Civil Veterinary Dept. North-West Frontier Province 1901-22 - 1901-1922
Year: 1901
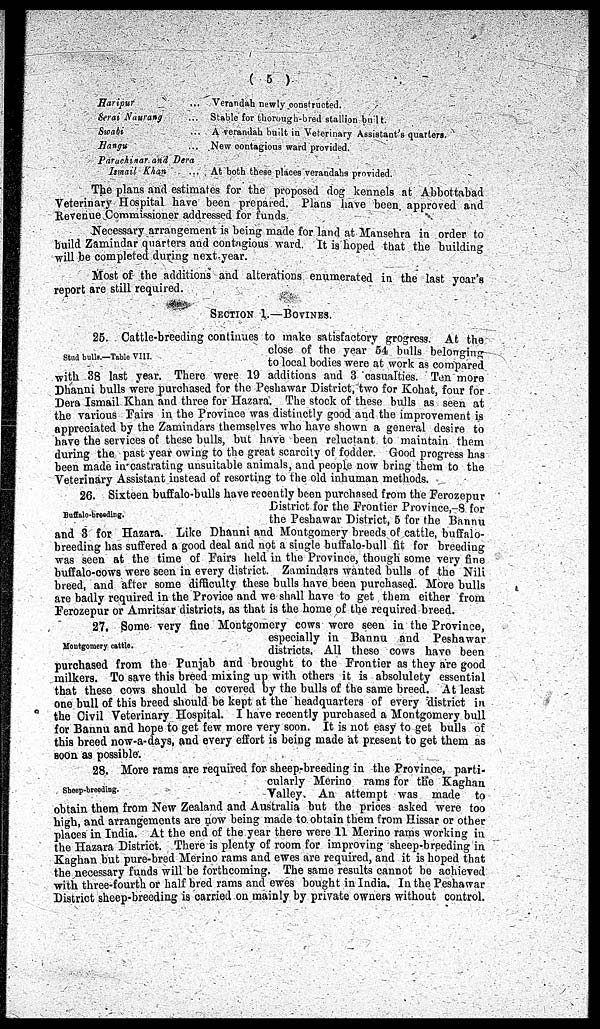
(5)
Haripur ...
Serai Naurang ...
Swabi ...
Hangu ...
Parachinar and Dera
Ismail Khan ...
Verandah newly constructed.
Stable for thorough-bred stallion built.
A verandah built in Veterinary Assistant's quarters.
New contagious ward provided.
At both these places verandahs provided.
The plans and estimates for the proposed dog kennels at Abbottabad
Veterinary Hospital have been prepared. Plans have been approved and
Revenue Commissioner addressed for funds.
Necessary arrangement is being made for land at Mansehra in order to
build Zamindar quarters and contagious ward. It is hoped that the building
will be completed during next year.
Most of the additions and alterations enumerated in the last year's
report are still required.
SECTION 1.-BOVINES.
Stud bulls.—Table VIII.
25. Cattle-breeding continues to make satisfactory grogress. At the
close of the year 54 bulls belonging
to local bodies were at work as compared
with 38 last year. There were 19 additions and 3 casualties. Ten more
Dhanni bulls were purchased for the Peshawar District, two for Kohat, four for
Dera Ismail Khan and three for Hazara. The stock of these bulls as seen at
the various Fairs in the Province was distinctly good and the improvement is
appreciated by the Zamindars themselves who have shown a general desire to
have the services of these bulls, but have been reluctant to maintain them
during the past year owing to the great scarcity of fodder. Good progress has
been made in castrating unsuitable animals, and people now bring them to the
Veterinary Assistant instead of resorting to the old inhuman methods.
Bunalo-breeding.
26. Sixteen buffalo-bulls have recently been purchased from the Ferozepur
District for the Frontier Province,-8 for
the Peshawar District, 5 for the Bannu
and 3 for Hazara. Like Dhanni and Montgomery breeds of cattle, buffalo-
breeding has suffered a good deal and not a single buffalo-bull fit for breeding
was seen at the time of Fairs held in the Province, though some very fine
buffalo-cows were seen in every district. Zamindars wanted bulls of the Nili
breed, and after some difficulty these bulls have been purchased. More bulls
are badly required in the Provice and we shall have to get them either from
Ferozepur or Amritsar districts, as that is the home of the required breed.
Montgomery cattle.
27. Some very fine Montgomery cows were seen in the Province,
especially in Bannu and Peshawar
districts. All these cows have been
purchased from the Punjab and brought to the Frontier as they are good
milkers. To save this breed mixing up with others it is absolulety essential
that these cows should be covered by the bulls of the same breed. At least
one bull of this breed should be kept at the headquarters of every district in
the Civil Veterinary Hospital. I have recently purchased a Montgomery bull
for Bannu and hope to get few more very soon. It is not easy to get bulls of
this breed now-a-days, and every effort is being made at present to get them as
soon as possible.
Sheep-breeding.
28. More rams are required for sheep-breeding in the Province, parti-
cularly Merino rams for the Kaghan
Valley. An attempt was made to
obtain them from New Zealand and Australia but the prices asked were too
high, and arrangements are now being made to obtain them from Hissar or other
places in India. At the end of the year there were 11 Merino rams working in
the Hazara District. There is plenty of room for improving sheep-breeding in
Kaghan but pure-bred Merino rams and ewes are required, and it is hoped that
the necessary funds will be forthcoming. The same results cannot be achieved
with three-fourth or half bred rams and ewes bought in India. In the Peshawar
District sheep-breeding is carried on mainly by private owners without control.